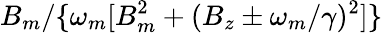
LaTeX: B_{m}/\{ \omega_{m}[B_{m}^{2}+(B_{z}\pm\omega_{m}/\gamma)^{2}]\}